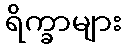
ရိက္ခာများ